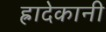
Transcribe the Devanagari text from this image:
ह्रादेकानी